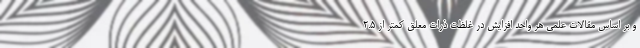
و بر اساس مقالات علمی هر واحد افزایش در غلظت ذرات معلق کمتر از ۲.۵